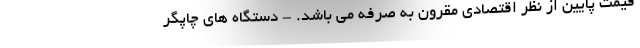
قیمت پایین از نظر اقتصادی مقرون به صرفه می باشد. - دستگاه های چاپگر